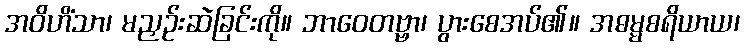
အဝိဟိံသာ၊ မညှဉ်းဆဲခြင်းကို။ ဘာဝေတဗ္ဗာ၊ ပွားစေအပ်၏။ အဓမ္မစရိယာယ၊